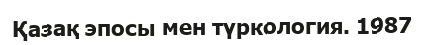
Қазақ эпосы мен түркология. 1987